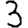
Digit: 3